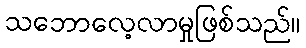
သဘောလေ့လာမှုဖြစ်သည်။